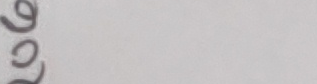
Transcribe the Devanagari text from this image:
२९६